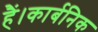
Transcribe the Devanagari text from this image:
हैं।कार्बनिक